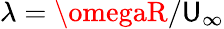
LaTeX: \lambda=\omegaR/\mathsf{U}_{\infty}